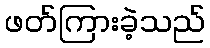
ဖတ်ကြားခဲ့သည်